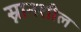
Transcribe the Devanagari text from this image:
स्नानशील